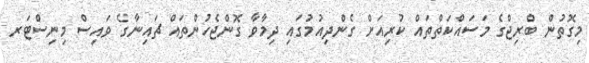
މިގޮތުން ބްރިޖްގެ މަސައްކަތްތައް ކުރިއަށް ގެންދިއުމުގައި ދިމާވާ ގޮންޖެހުންތައް ޗައިނާގެ ވައިސް މިނިސްޓަރ